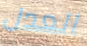
العدل